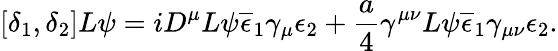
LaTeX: [\delta_{1},\delta_{2}]L\psi=iD^{\mu}L\psi\overline{{{\epsilon}}}_{1}\gamma_{\mu}\epsilon_{2}+\frac{a}{4}\gamma^{\mu\nu}L\psi\overline{{{\epsilon}}}_{1}\gamma_{\mu\nu}\epsilon_{2}.